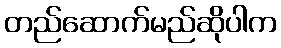
တည်ဆောက်မည်ဆိုပါက